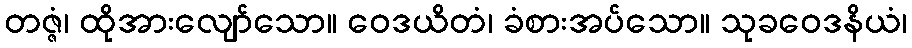
တဇ္ဇံ၊ ထိုအားလျော်သော။ ဝေဒယိတံ၊ ခံစားအပ်သော။ သုခဝေဒနိယံ၊